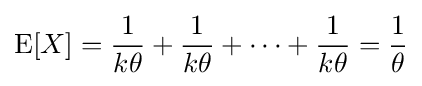
\operatorname {E} [X]={\frac {1}{k\theta }}+{\frac {1}{k\theta }}+\cdots +{\frac {1}{k\theta }}={\frac {1}{\theta }}